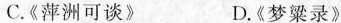
C.《萍洲可谈》 D.《梦粱录》